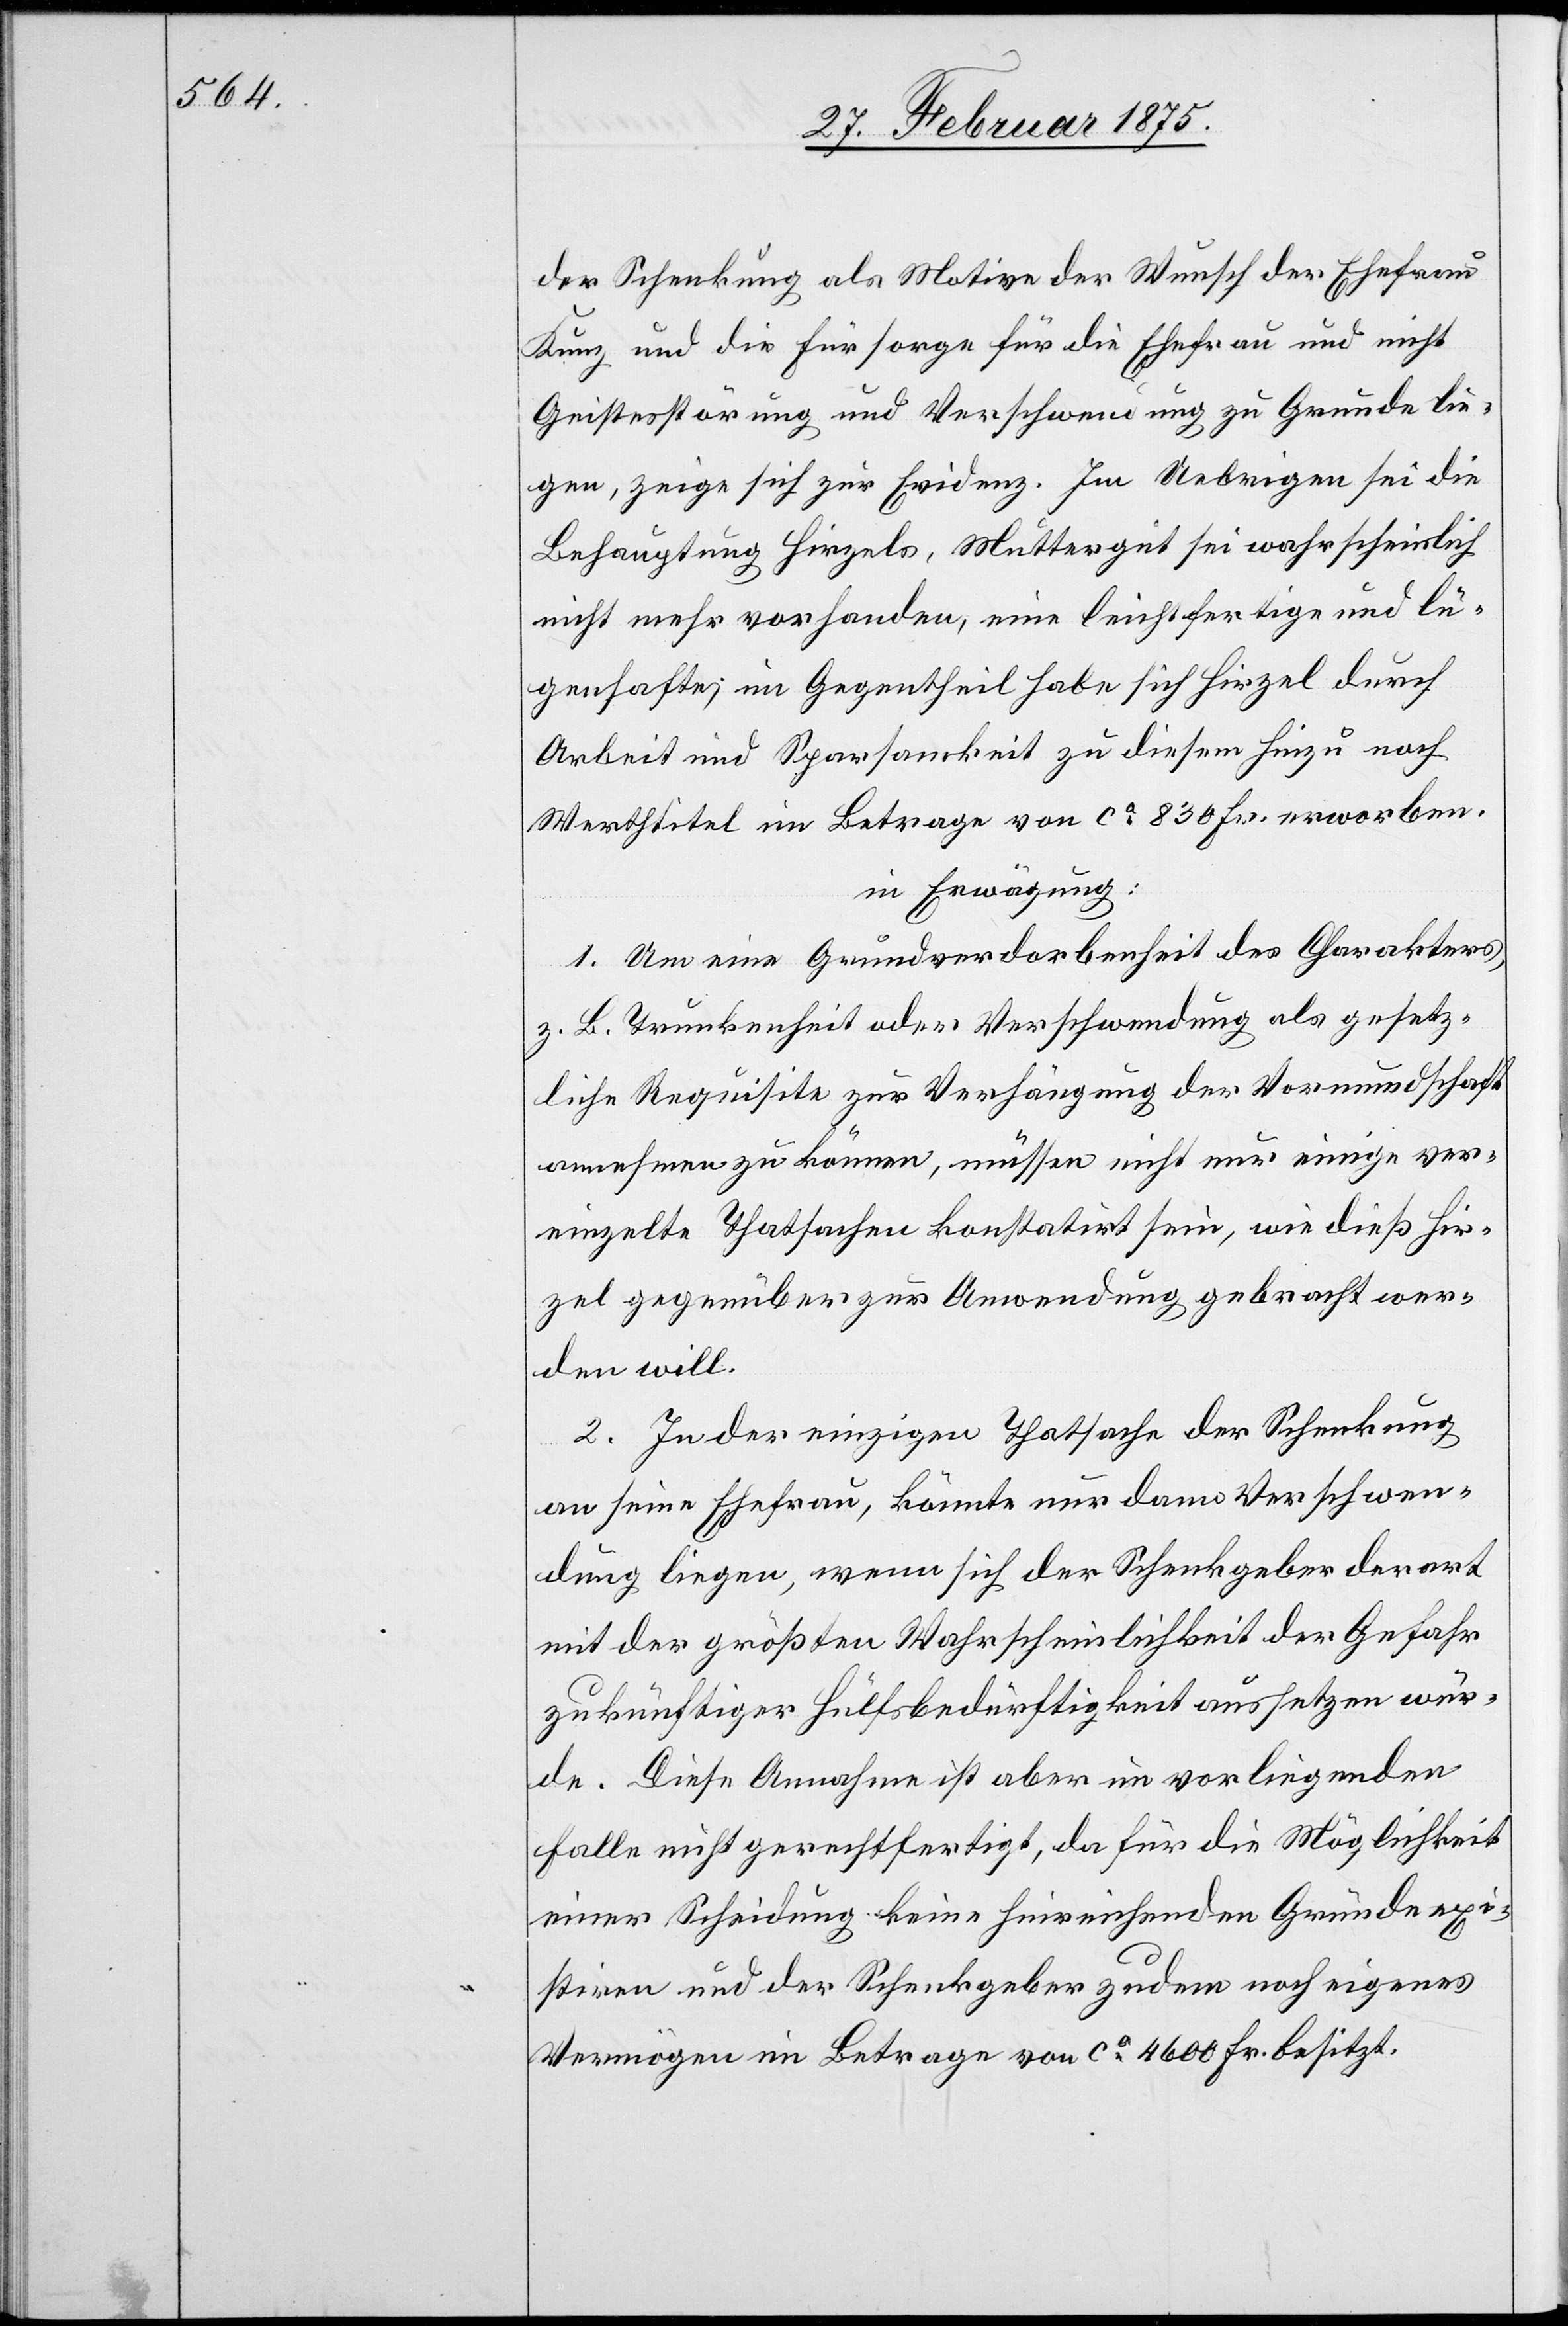
der Schenkung als Motive der Wunsch der Ehefrau
Kunz und die Fürsorge für die Ehefrau und nicht
Geistesstörung und Verschwendung zu Grunde lie¬
gen, zeige sich zur Evidenz. Im Uebrigen sei die
Behauptung Hirzels, Muttergut sei wahrscheinlich
nicht mehr vorhanden, eine leichtfertige und lü¬
genhafte; im Gegentheil habe sich Hirzel durch
Arbeit und Sparsamkeit zu diesem hinzu noch
Werthtitel im Betrage von ca 830 Fr. erworben.
in Erwägung:
1. Um eine Grundverdorbenheit des Charakters,
z. B. Trunkenheit oder Verschwendung als gesetz¬
liche Requisite zur Verhängung der Vormundschaft
annehmen zu können, müssen nicht nur einige ver¬
einzelte Thatsachen konstatirt sein, wie dieß Hir¬
zel gegenüber zur Anwendung gebracht wer¬
den will.
2. In der einzigen Thatsache der Schenkung
an seine Ehefrau, könnte nur dann Verschwen¬
dung liegen, wenn sich der Schenkgeber derart
mit der größten Wahrscheinlichkeit der Gefahr
zukünftiger Hülfsbedürftigkeit aussetzen wür¬
de. Diese Annahme ist aber im vorliegenden
Falle nicht gerechtfertigt, da für die Möglichkeit
einer Scheidung keine hinreichenden Gründe exi¬
stiren und der Schenkgeber zudem noch eigenes
Vermögen im Betrage von ca 4600 Fr. besitzt.